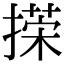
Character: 㨲